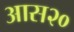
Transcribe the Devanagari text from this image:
आस२०